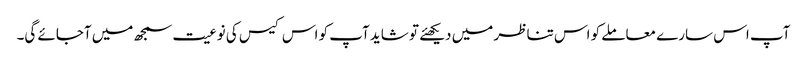
آپ اس سارے معاملے کو اس تناظر میں دیکھئے تو شاید آپ کو اس کیس کی نوعیت سمجھ میں آجائے گی۔